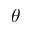
\theta